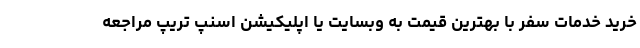
خرید خدمات سفر با بهترین قیمت به وبسایت یا اپلیکیشن اسنپ تریپ مراجعه